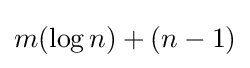
m(\log n)+(n-1)